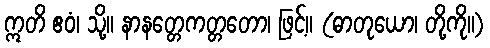
ဣတိ ဧဝံ၊ သို့။ နာနတ္တေကတ္တတော၊ ဖြင့်။ (ဓာတုယော၊ တို့ကို။)